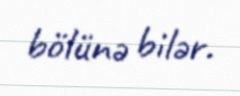
bölünə bilər.